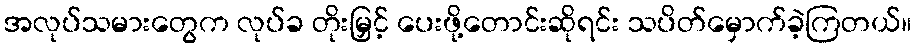
အလုပ်သမားတွေက လုပ်ခ တိုးမြှင့် ပေးဖို့တောင်းဆိုရင်း သပိတ်မှောက်ခဲ့ကြတယ်။